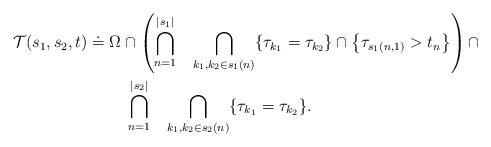
LaTeX: \begin{align*}{\cal T}(s_1,s_2,t) &\doteq \Omega \cap\left(\bigcap_{n=1}^{|s_1|} ~~\bigcap_{k_1, k_2 \in s_1(n) } \{ \tau_{k_1} = \tau_{k_2} \} \cap \left \{ \tau_{s_1(n,1)} > t_{n} \right\}\right)\cap \\&~~~~~~~\bigcap_{n=1}^{|s_2|} ~~\bigcap_{k_1,k_2 \in s_2(n) } \{ \tau_{k_1} = \tau_{k_2} \}.\end{align*}